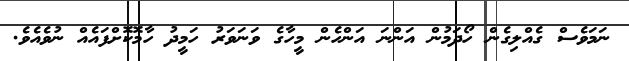
ނަމަވެސް ގެއްލިގެން ހޯދަމުން އަންނަ އަންހެން މީހާގެ ވަނަވަރު ހަމީދު ހާމޮކޮށްފައެއް ނުވެއެވެ.